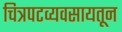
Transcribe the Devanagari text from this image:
चित्रपटव्यवसायतून